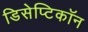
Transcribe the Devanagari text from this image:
डिसेप्टिकॉन